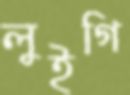
লুইগি